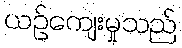
ယဉ်ကျေးမှုသည်